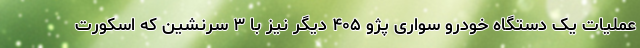
عملیات یک دستگاه خودرو سواری پژو ۴۰۵ دیگر نیز با ۳ سرنشین که اسکورت